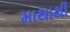
માથાથી